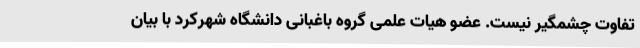
تفاوت چشمگیر نیست. عضو هیات علمی گروه باغبانی دانشگاه شهرکرد با بیان